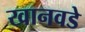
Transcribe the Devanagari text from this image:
खानवडे